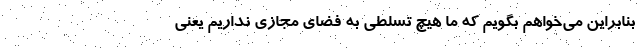
بنابراین می‌خواهم بگویم که ما هیچ تسلطی به فضای مجازی نداریم یعنی